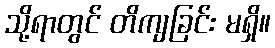
သို့ရာတွင် တိကျခြင်း မရှိ။